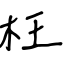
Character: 枉